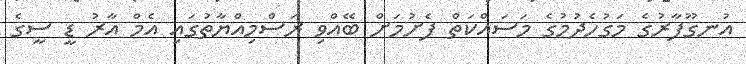
އުނގޫފާރުގެ މަގުހެދުމުގެ މަސައްކަތް ފެށުމަށް ބޭއްވި ރަސްމިއްޔާތުގައި އެމް އާރު ޑީ ސީގެ